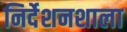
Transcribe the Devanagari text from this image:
निर्देशनशाला